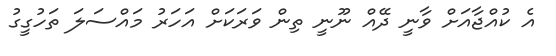
އެ ކުއްޖާއަށް ވާނީ ދޭއް ނޫނީ ތިން ވަރަކަށް އަހަރު މައްސަލަ ތަހުގީގު